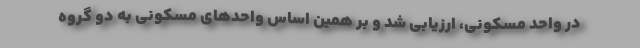
در واحد مسکونی، ارزیابی شد و بر همین اساس واحدهای مسکونی به دو گروه